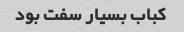
کباب بسیار سفت بود